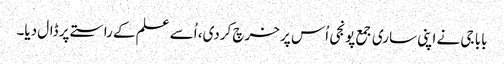
بابا جی نے اپنی ساری جمع پونجی اُس پر خرچ کردی، اُسے علم کے راستے پر ڈال دیا۔